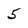
Character: 5